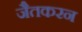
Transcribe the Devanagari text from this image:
जैतकरन